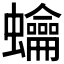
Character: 𧕋